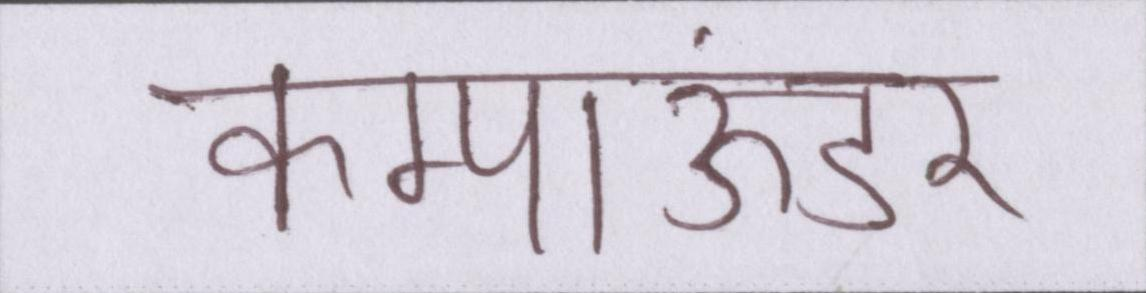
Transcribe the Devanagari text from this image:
कम्पाऊंडर